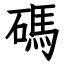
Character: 碼